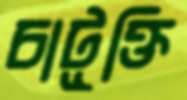
চাটূক্তি